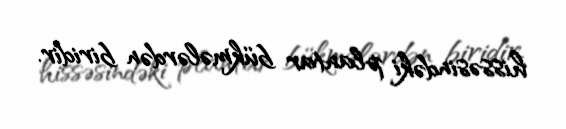
hissəsindəki plantar bükmələrdən biridir.